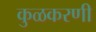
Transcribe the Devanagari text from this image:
कुळकरणी